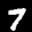
Label: 7